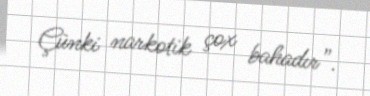
Çünki narkotik çox bahadır”.